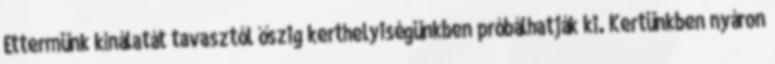
Éttermünk kínálatát tavasztól őszig kerthelyiségünkben próbálhatják ki. Kertünkben nyáron